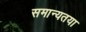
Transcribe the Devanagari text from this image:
समान्यतया